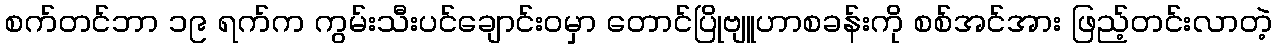
စက်တင်ဘာ ၁၉ ရက်က ကွမ်းသီးပင်ချောင်းဝမှာ တောင်ပြိုဗျူဟာစခန်းကို စစ်အင်အား ဖြည့်တင်းလာတဲ့